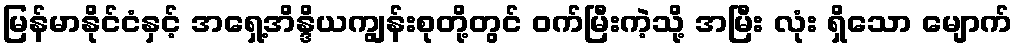
မြန်မာနိုင်ငံနှင့် အရှေ့အိန္ဒိယကျွန်းစုတို့တွင် ဝက်မြီးကဲ့သို့ အမြီး လုံး ရှိသော မျောက်